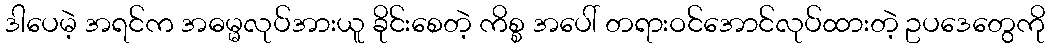
ဒါပေမဲ့ အရင်က အဓမ္မလုပ်အားယူ ခိုင်းစေတဲ့ ကိစ္စ အပေါ် တရားဝင်အောင်လုပ်ထားတဲ့ ဥပဒေတွေကို